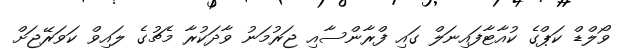
ވޯލްޑް ކަޕްގެ ކުއާޓާފައިނަލް ގައި ފްރާންސާއި ޖަރުމަނު ވާދަކުރާ މެޗުގެ ލައިވް ކަަވަރޭޖަށް